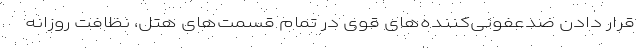
قرار دادن ضدعفونی‌کننده‌های قوی در تمام قسمت‌های هتل، نظافت روزانه